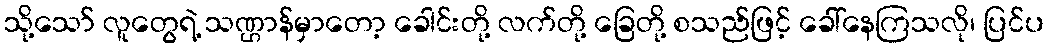
သို့သော် လူတွေရဲ့ သဏ္ဌာန်မှာတော့ ခေါင်းတို့ လက်တို့ ခြေတို့ စသည်ဖြင့် ခေါ်နေကြသလို၊ ပြင်ပ